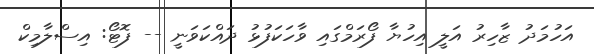
އަހުމަދު ޒާހިރު އަލީ އިހުޔާ ފޯރަމްގައި ވާހަކަފުޅު ދައްކަވަނީ -- ފޮޓޯ: އިސްލާމިކް